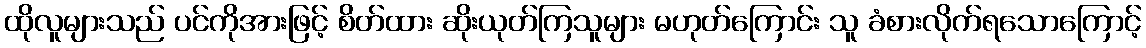
ထိုလူများသည် ပင်ကိုအားဖြင့် စိတ်ထား ဆိုးယုတ်ကြသူများ မဟုတ်ကြောင်း သူ ခံစားလိုက်ရသောကြောင့်